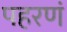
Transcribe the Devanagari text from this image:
पहरणं